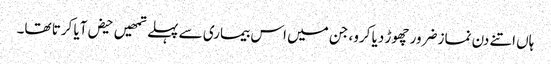
ہاں اتنے دن نماز ضرور چھوڑ دیا کرو، جن میں اس بیماری سے پہلے تمھیں حیض آیا کرتا تھا۔